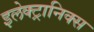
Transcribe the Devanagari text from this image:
इलेक्‍ट्रानिक्स